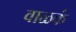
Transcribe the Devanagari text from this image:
वाळकं